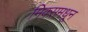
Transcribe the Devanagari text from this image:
मिक्समधून